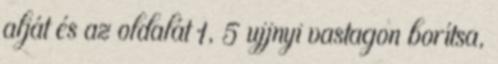
alját és az oldalát 1, 5 ujjnyi vastagon borítsa,